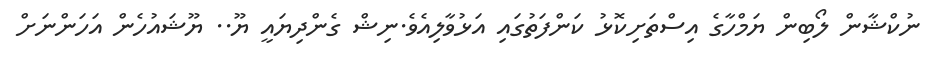
ނުކްޝާން ލޯބިން ޔަމްހާގެ އިސްތަށިކޮޅު ކަންފަތުގައި އަޅުވާލިއެވެ.ނިޝް ގެންދިޔައީ ޔޫ.. ޔޫޝައުހެން އަހަންނަށް